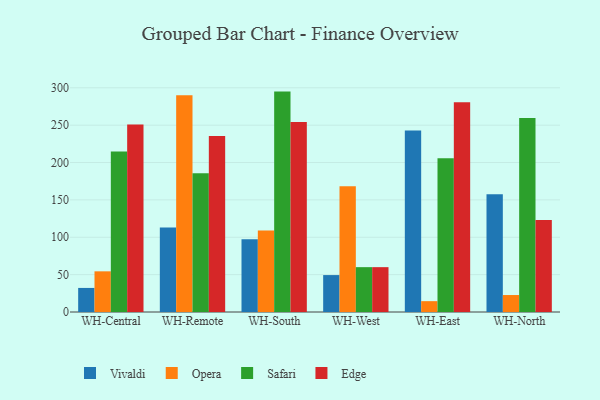
{"axis": {"x": "Warehouse", "y": "Humidity (%)"}, "legend": ["Edge", "Opera", "Safari", "Vivaldi"], "data": [{"x": "WH-Central", "y": 32.2, "type": "Vivaldi"}, {"x": "WH-Central", "y": 54.4, "type": "Opera"}, {"x": "WH-Central", "y": 214.9, "type": "Safari"}, {"x": "WH-Central", "y": 251.0, "type": "Edge"}, {"x": "WH-Remote", "y": 113.0, "type": "Vivaldi"}, {"x": "WH-Remote", "y": 290.0, "type": "Opera"}, {"x": "WH-Remote", "y": 185.7, "type": "Safari"}, {"x": "WH-Remote", "y": 235.6, "type": "Edge"}, {"x": "WH-South", "y": 97.4, "type": "Vivaldi"}, {"x": "WH-South", "y": 109.2, "type": "Opera"}, {"x": "WH-South", "y": 294.9, "type": "Safari"}, {"x": "WH-South", "y": 254.2, "type": "Edge"}, {"x": "WH-West", "y": 49.4, "type": "Vivaldi"}, {"x": "WH-West", "y": 168.3, "type": "Opera"}, {"x": "WH-West", "y": 60.0, "type": "Safari"}, {"x": "WH-West", "y": 60.0, "type": "Edge"}, {"x": "WH-East", "y": 242.8, "type": "Vivaldi"}, {"x": "WH-East", "y": 14.5, "type": "Opera"}, {"x": "WH-East", "y": 205.8, "type": "Safari"}, {"x": "WH-East", "y": 280.7, "type": "Edge"}, {"x": "WH-North", "y": 157.5, "type": "Vivaldi"}, {"x": "WH-North", "y": 22.7, "type": "Opera"}, {"x": "WH-North", "y": 259.5, "type": "Safari"}, {"x": "WH-North", "y": 123.1, "type": "Edge"}]}